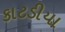
કાટડીયા